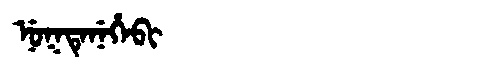
Manchu: ᠨᡠᡴᡨᡝᠨᡝᡥᡝᠪᡳ
Romanization: NUKTENEHEBI